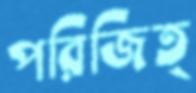
পরিজিত্